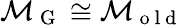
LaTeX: \mathcal{M}_{\mathrm{~G~}}\cong\mathcal{M}_{\mathrm{~o~l~d~}}